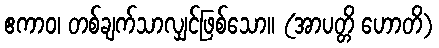
ဧကာဝ၊ တစ်ချက်သာလျှင်ဖြစ်သော။ (အာပတ္တိ ဟောတိ)